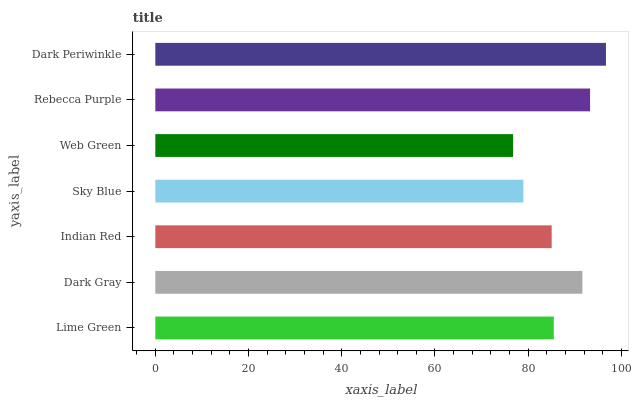
| yaxis_label | bars |
 | --- | --- |
 | Lime Green | 85.5 |
 | Dark Gray | 91.6 |
 | Indian Red | 85 |
 | Sky Blue | 79 |
 | Web Green | 76.8 |
 | Rebecca Purple | 93.3 |
 | Dark Periwinkle | 96.7 |